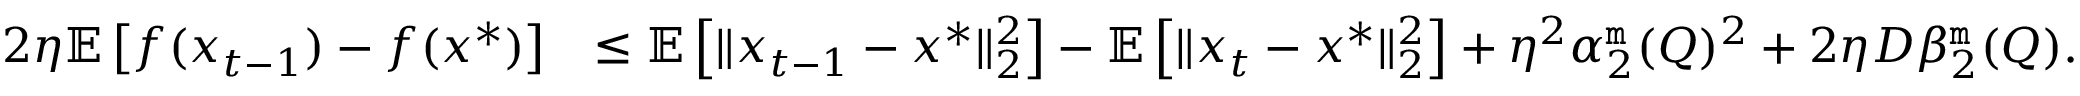
\begin{array} { r l } { 2 \eta \mathbb { E } \left[ f ( x _ { t - 1 } ) - f ( x ^ { * } ) \right] } & { \leq \mathbb { E } \left[ \| x _ { t - 1 } - x ^ { * } \| _ { 2 } ^ { 2 } \right] - \mathbb { E } \left[ \| x _ { t } - x ^ { * } \| _ { 2 } ^ { 2 } \right] + \eta ^ { 2 } \alpha _ { 2 } ^ { \tt m } ( Q ) ^ { 2 } + 2 \eta D \beta _ { 2 } ^ { \tt m } ( Q ) . } \end{array}